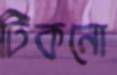
টিকনো